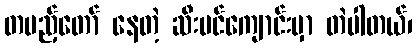
တပည့်တော် နေတဲ့ ဆီးပင်ကျောင်းမှာ တဲပါတယ်၊